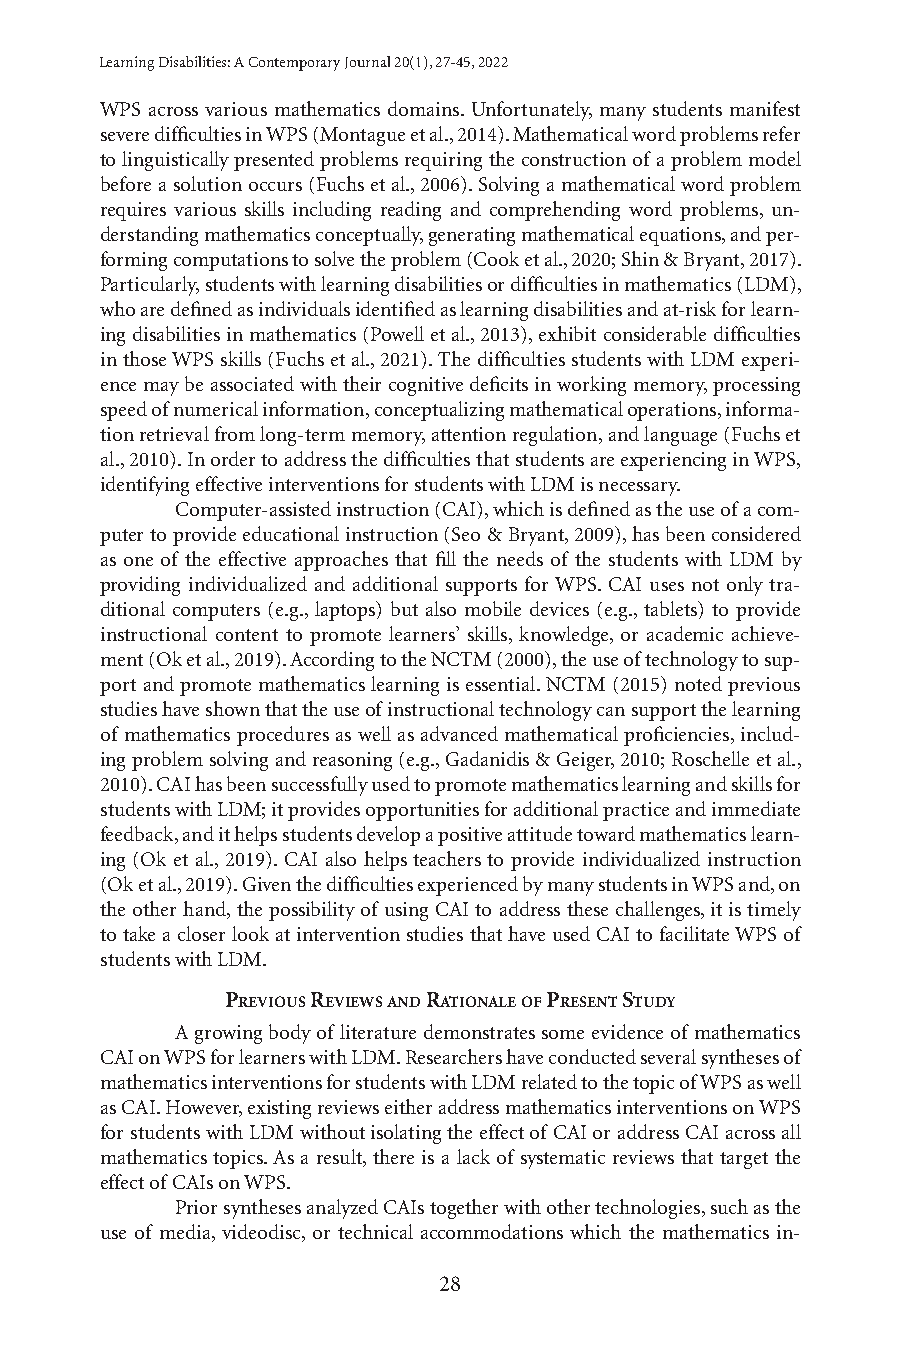
Learning Disabilities: A Contemporary Journal 20(1), 27-45, 2022
 WPS across various mathematics domains. Unfortunately, many students manifest
 severe difficulties in WPS (Montague et al., 2014). Mathematical word problems refer
 to linguistically presented problems requiring the construction of a problem model
 before a solution occurs (Fuchs et al., 2006). Solving a mathematical word problem
 requires various skills including reading and comprehending word problems, un-
 derstanding mathematics conceptually, generating mathematical equations, and per-
 forming computations to solve the problem (Cook et al., 2020; Shin & Bryant, 2017).
 Particularly, students with learning disabilities or difficulties in mathematics (LDM),
 who are defined as individuals identified as learning disabilities and at-risk for learn-
 ing disabilities in mathematics (Powell et al., 2013), exhibit considerable difficulties
 in those WPS skills (Fuchs et al., 2021). The difficulties students with LDM experi-
 ence may be associated with their cognitive deficits in working memory, processing
 speed of numerical information, conceptualizing mathematical operations, informa-
 tion retrieval from long-term memory, attention regulation, and language (Fuchs et
 al., 2010). In order to address the difficulties that students are experiencing in WPS,
 identifying effective interventions for students with LDM is necessary.
 Computer-assisted instruction (CAI), which is defined as the use of a com-
 puter to provide educational instruction (Seo & Bryant, 2009), has been considered
 as one of the effective approaches that fill the needs of the students with LDM by
 providing individualized and additional supports for WPS. CAI uses not only tra-
 ditional computers (e.g., laptops) but also mobile devices (e.g., tablets) to provide
 instructional content to promote learners’ skills, knowledge, or academic achieve-
 ment (Ok et al., 2019). According to the NCTM (2000), the use of technology to sup-
 port and promote mathematics learning is essential. NCTM (2015) noted previous
 studies have shown that the use of instructional technology can support the learning
 of mathematics procedures as well as advanced mathematical proficiencies, includ-
 ing problem solving and reasoning (e.g., Gadanidis & Geiger, 2010; Roschelle et al.,
 2010). CAI has been successfully used to promote mathematics learning and skills for
 students with LDM; it provides opportunities for additional practice and immediate
 feedback, and it helps students develop a positive attitude toward mathematics learn-
 ing (Ok et al., 2019). CAI also helps teachers to provide individualized instruction
 (Ok et al., 2019). Given the difficulties experienced by many students in WPS and, on
 the other hand, the possibility of using CAI to address these challenges, it is timely
 to take a closer look at intervention studies that have used CAI to facilitate WPS of
 students with LDM.
 PrevIous revIews and ratIonale of Present study
 A growing body of literature demonstrates some evidence of mathematics
 CAI on WPS for learners with LDM. Researchers have conducted several syntheses of
 mathematics interventions for students with LDM related to the topic of WPS as well
 as CAI. However, existing reviews either address mathematics interventions on WPS
 for students with LDM without isolating the effect of CAI or address CAI across all
 mathematics topics. As a result, there is a lack of systematic reviews that target the
 effect of CAIs on WPS.
 Prior syntheses analyzed CAIs together with other technologies, such as the
 use of media, videodisc, or technical accommodations which the mathematics in-
 28